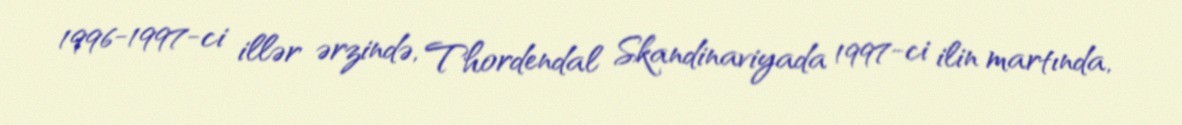
1996-1997-ci illər ərzində, Thordendal Skandinaviyada 1997-ci ilin martında,